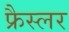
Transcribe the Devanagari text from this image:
फ्रैस्लर